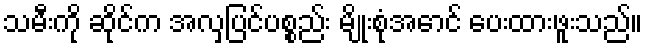
သမီးကို ဆိုင်က အလှပြင်ပစ္စည်း မျိုးစုံအောင် ပေးထားဖူးသည်။